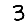
Digit: 3